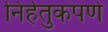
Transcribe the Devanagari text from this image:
निर्हेतुकपणे